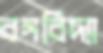
বঙ্গবিদ্যা